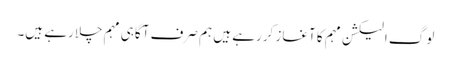
لوگ الیکشن مہم کا آغاز کررہے ہیں ہم صرف آگاہی مہم چلارہے ہیں۔